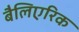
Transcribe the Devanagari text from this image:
बैलिएरिक